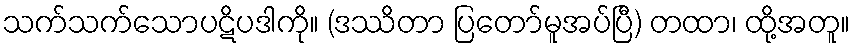
သက်သက်သောပဋိပဒါကို။ (ဒဿိတာ ပြတော်မူအပ်ပြီ) တထာ၊ ထို့အတူ။